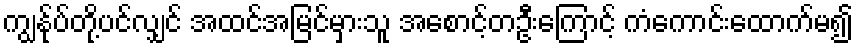
ကျွနု်ပ်တို့ပင်လျှင် အထင်အမြင်မှားသူ အစောင့်တဦးကြောင့် ကံကောင်းထောက်မ၍